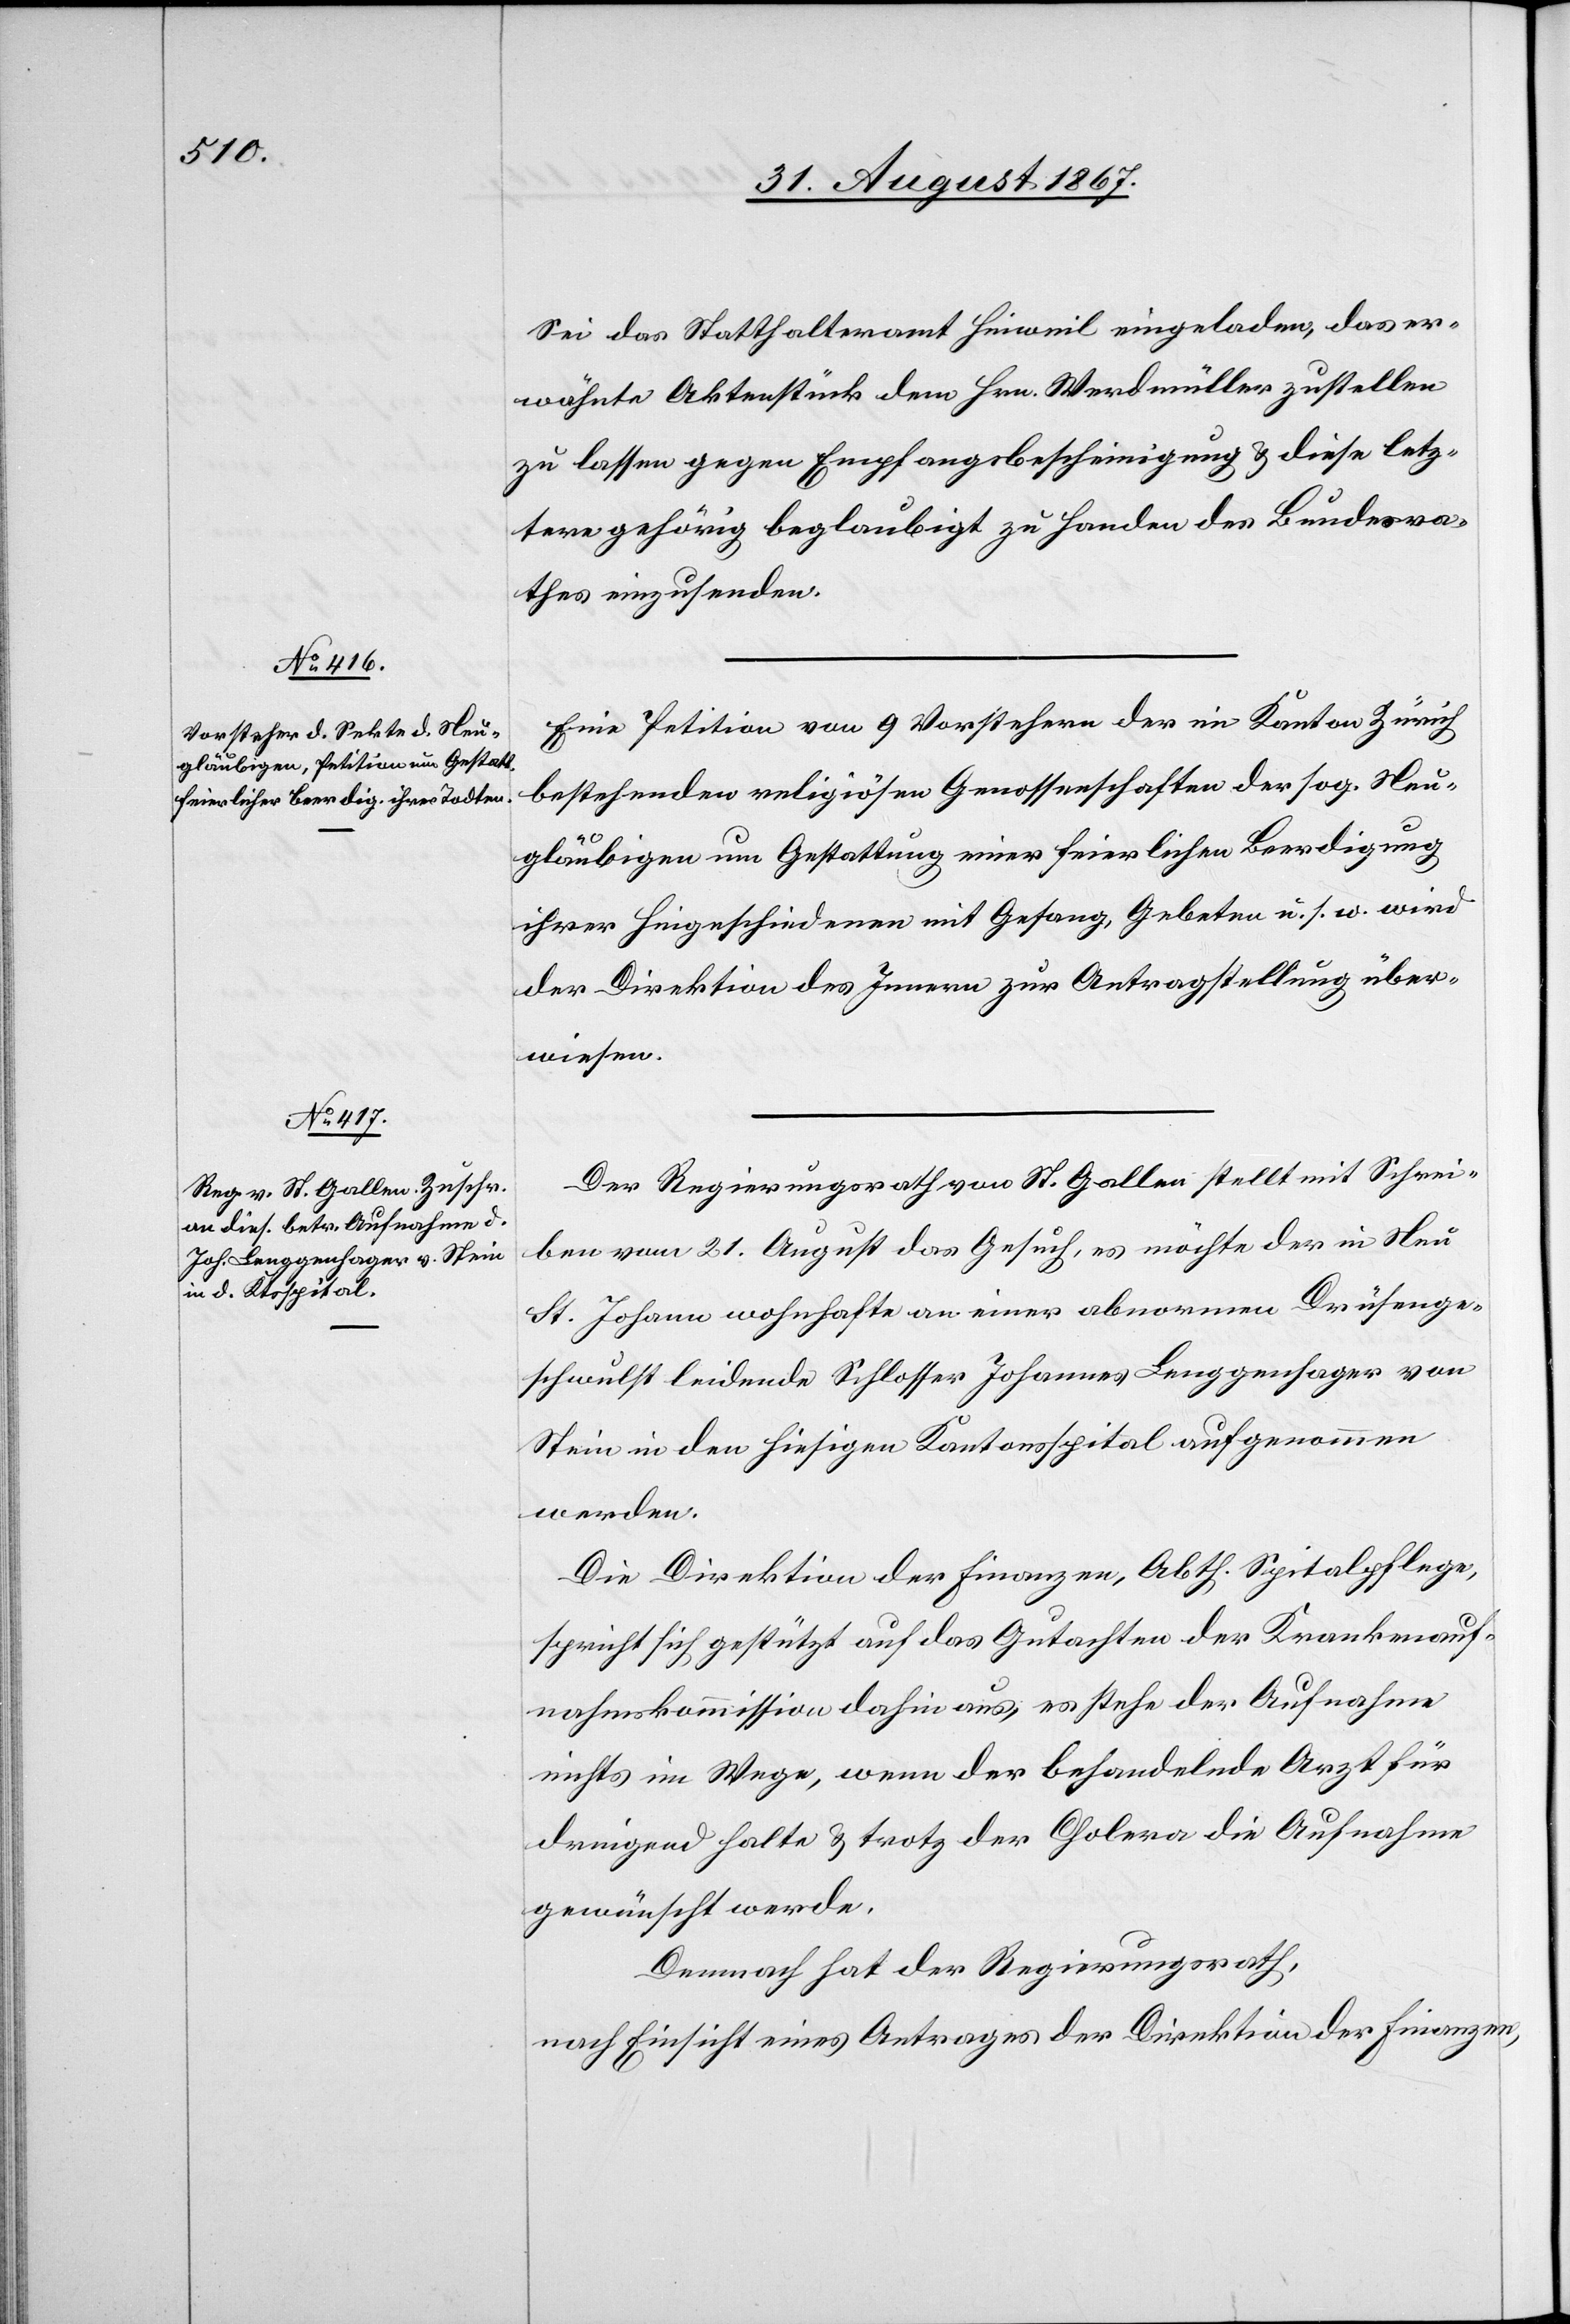
Sei das Statthalteramt Hinweil eingeladen, das er¬
wähnte Aktenstück dem Hrn. Werdmüller zustellen
zu lassen gegen Empfangsbescheinigung u. diese letz¬
tere gehörig beglaubigt zu Handen des Bundesra¬
thes einzusenden.
Eine Petition von 9 Vorstehern der im Kanton Zürich
bestehenden religiösen Genossenschaften der sog. Neu¬
gläubigen um Gestattung einer feierlichen Beerdigung
ihrer Hingeschiedenen mit Gesang, Gebeten u. s. w. wird
der Direktion des Innern zur Antragstellung über¬
wiesen.
Der Regierungsrath von St. Gallen stellt mit Schrei¬
ben vom 21. August das Gesuch, es möchte der in Neu
St. Johann wohnhafte an einer abnormen Drüsenge¬
schwulst leidende Schlosser Johannes Leuggenhager von
Stein in den hiesigen Kantonsspital aufgenommen
werden.
Die Direktion der Finanzen, Abth. Spitalpflege,
sprich sich gestützt auf das Gutachten der Krankenauf¬
nahmskommission dahin aus, es stehe der Aufnahme
nichts im Wege, wenn der behandelnde Arzt für
dringend halte u. trotz der Cholera die Aufnahme
gewünscht werde.
Demnach hat der Regierungsrath,
nach Einsicht eines Antrages der Direktion der Finanzen,